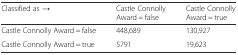
| Classified as → | Castle Connolly Award = false | Castle Connolly Award = true |
 | --- | --- | --- |
 | Castle Connolly Award = false | 448,689 | 130,927 |
 | Castle Connolly Award = true | 5791 | 19,623 |